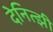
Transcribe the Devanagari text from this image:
देनित्झी